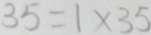
3 5 = 1 \times 3 5